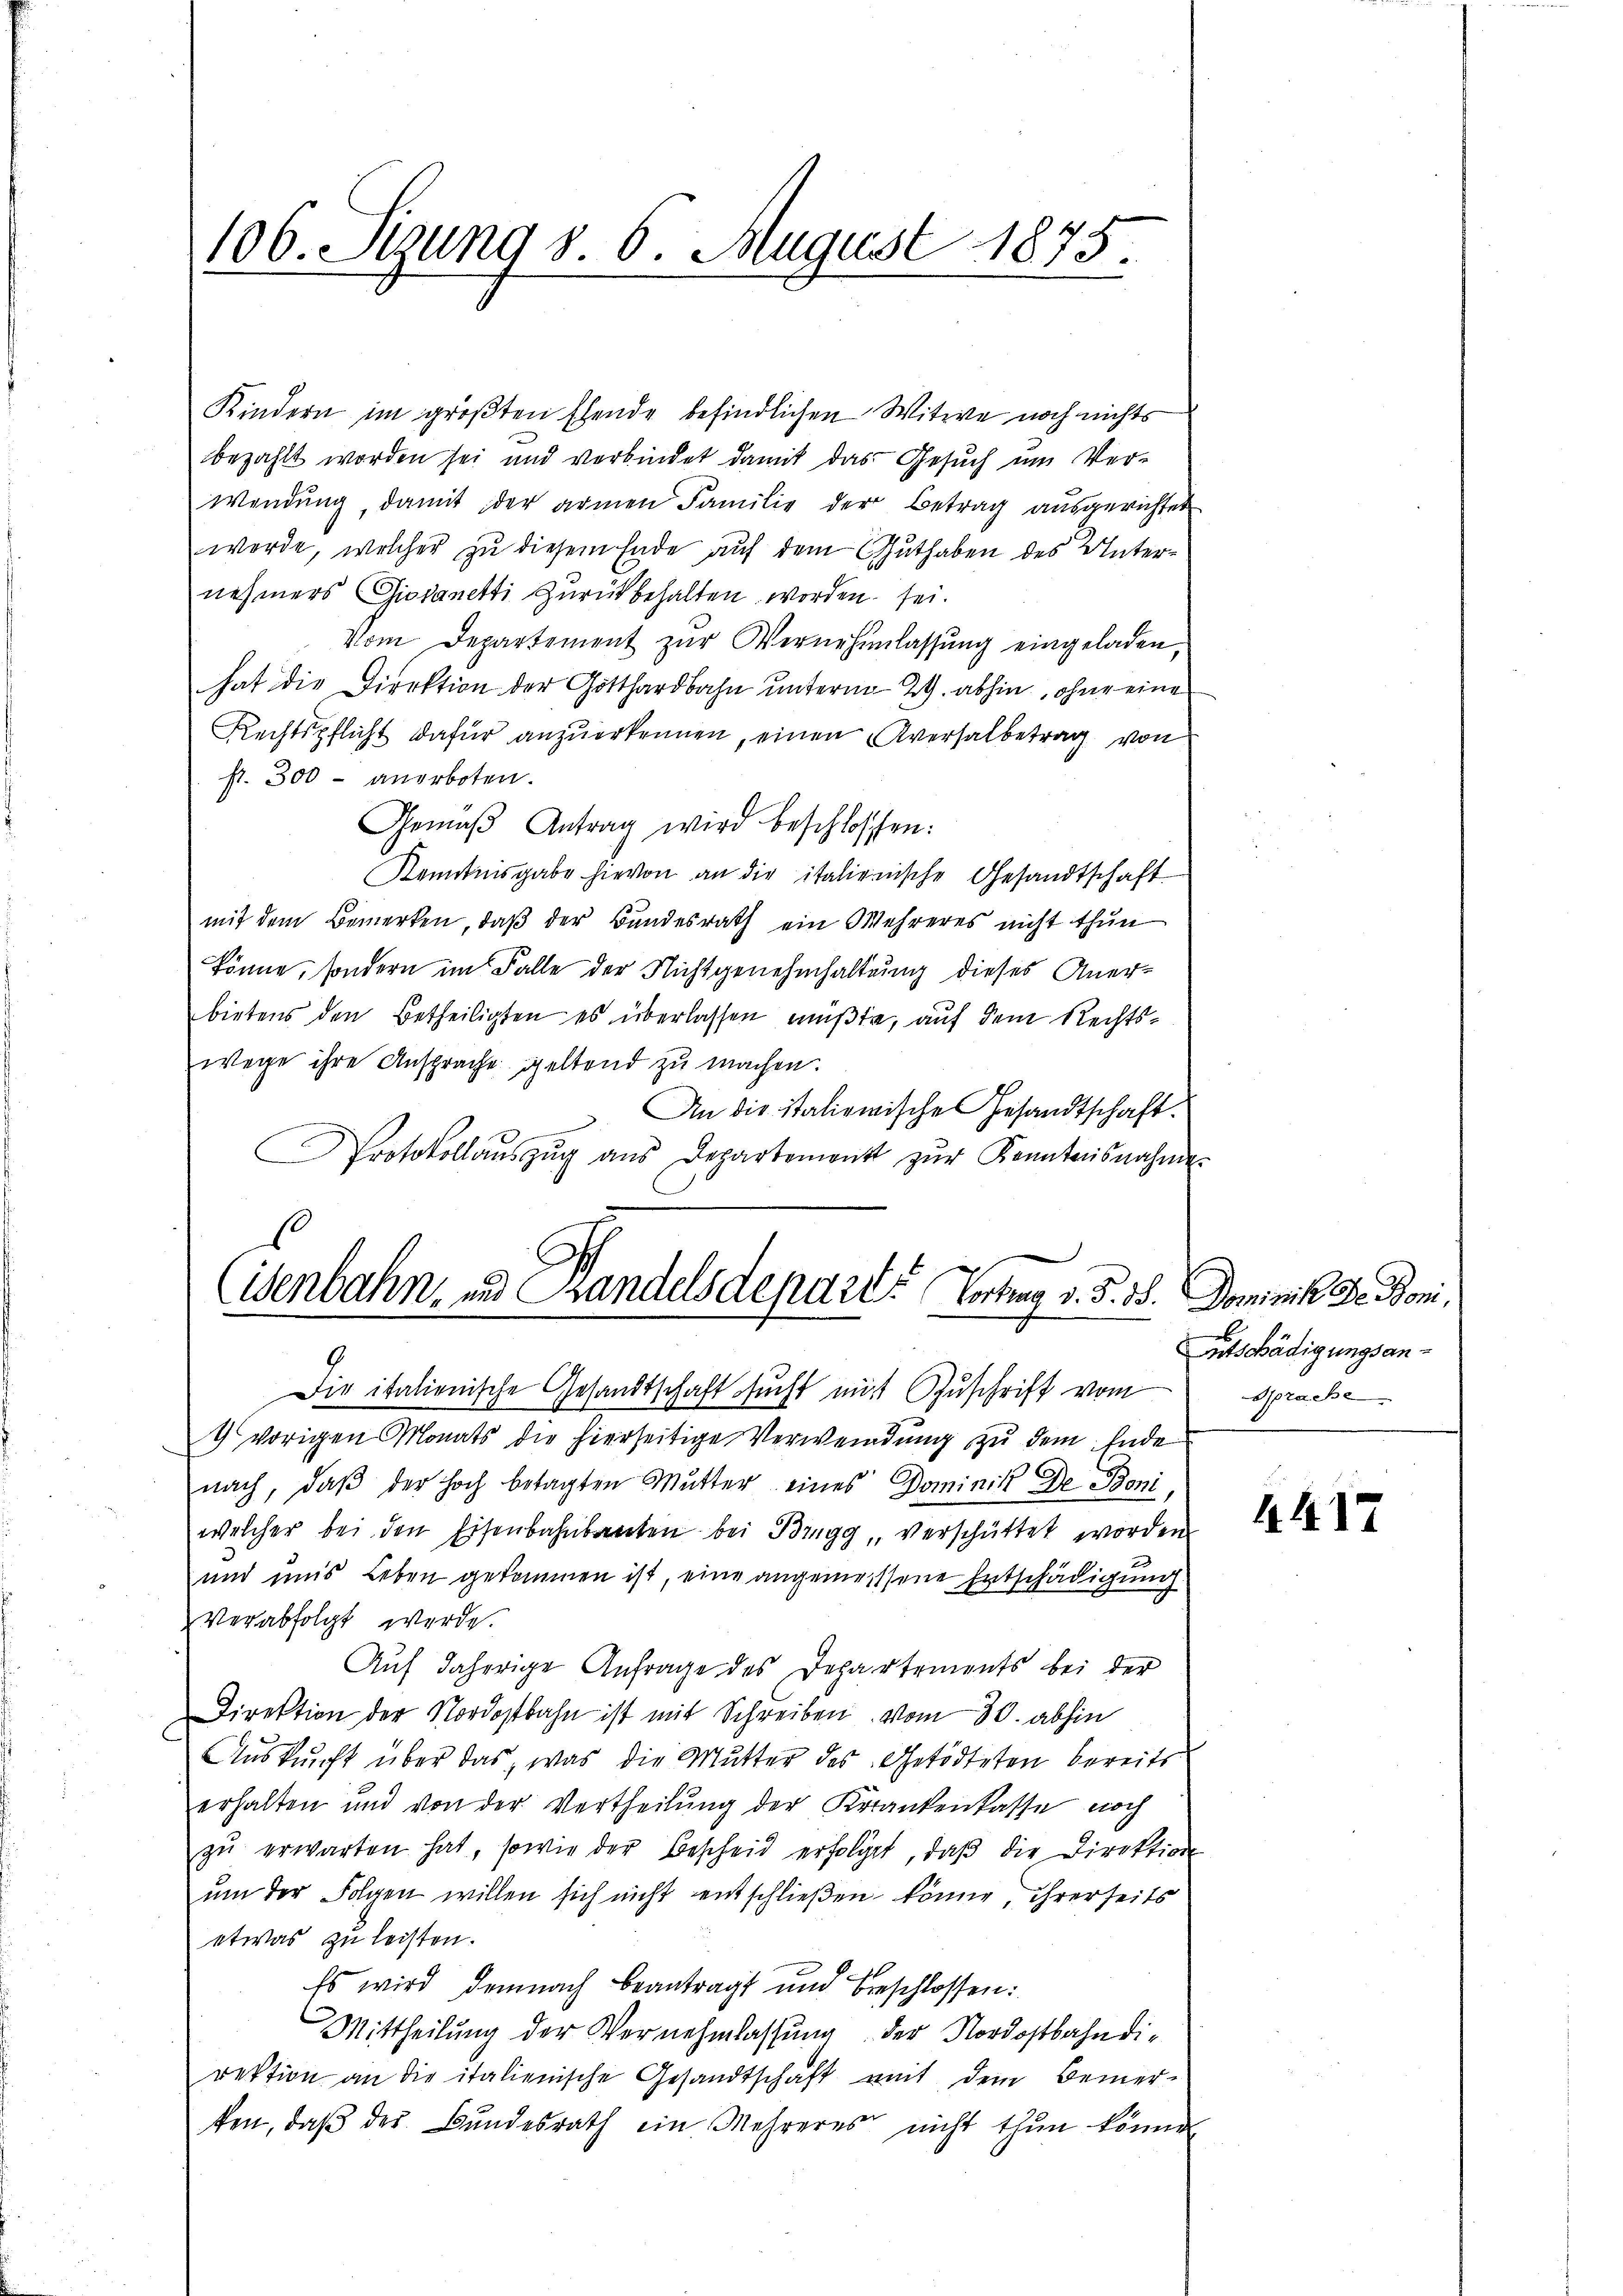
106. Sizung d. 6. August 1875.

Kindern im größten Ehende befindlichen Witwe noch nichts
bezahlt worden sei und verbindet damit das Gesuch um Verwendung, damit der armen Familie der Betrag ausgerichtet
werde, welcher zu diesem Ende auf dem Guthaben des Unternehmers Giovanetti zurückbehalten worden sei.
Vom Departement zŭr Vernehmlassŭng eingeladen,
hat die Direktion der Gotthardbahn unterm 29. abhin, ohne eine
Rechtspflicht dafür anzuerkennen, einen Aversalbetrag von
str. 300 - anorboten.
Gemäβ Antrag wird beschlossen:
Kenntnisgabe hievon an die italienische Gesandtschaft
mit dem Bemerken, daβ der Bundesrath ein Mehreres nicht thun
könne, sondern im Falle der Nichtgenehmhaltung dieses Anerbirtens den Betheiligten es überlassen müßte, auf dem Rechtswege ihre Ansprache geltend zu machen.
. An die stationische Gesandtschaft.
Protokollaŭszŭg ans Departement zŭr Kenntnisnahme
e

(ienbahn, und Handelsdeparte Vortrag d. 5. 38. Dominik Dr. Boni¬

Die italienische Gesandtschaft sucht mit Zuschrift vom
1 vorigen Monats die hierseitige Verwendung zu dem Ende
nach, daβ der hoch betagten Mutter eines Dominik De Boniwelcher bei den Eisenbahnbauten bei Brugg, verschüttet worden
und uns Leben gekommen ist, eine angemesssene Entschädigung
Verabfolgt werde.
Auf daherige Anfrage des Departements bei der
Direktion der Nordostbahn ist mit Schreiben vom 30. abhin
Auskunft über das, was die Mutter des Getödteten bereits
erhalten und von der Vertheilung der Krankenkasse noch
zŭ erwarten hat, sowie der Bescheid erfolget, daβ die Direktion
um der Folgen willen sich nicht entschließen könne, ihrerseits
etwas zu leisten.
Es wird demnach beantragt und beschlossen:
Mittheilung der Vernehmlassung der Nordostbahn die
rektion an die italienische Gesandtschäft mit dem Bemer-
ken, daβ des Bundesrath ein Mehreres nicht thun könne

eitschädigungsan¬
Sprache

441